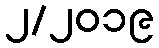
၂/၂၀၁၉